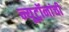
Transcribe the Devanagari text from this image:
न्यूट्रॉनांची